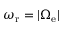
\omega _ { \mathrm { r } } = | \Omega _ { \mathrm { e } } |